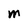
Character: m